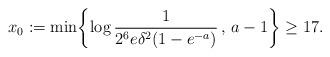
LaTeX: \begin{align*} x_0 := \min \biggl\{\log \frac{1}{2^6 e \delta^2 (1 - e^{-a})} \, , \, a-1\biggr\} \geq 17. \end{align*}